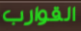
القوارب